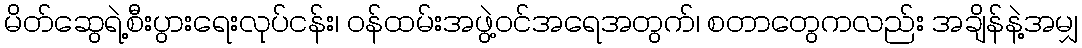
မိတ်ဆွေရဲ့စီးပွားရေးလုပ်ငန်း၊ ဝန်ထမ်းအဖွဲ့ဝင်အရေအတွက်၊ စတာတွေကလည်း အချိန်နဲ့အမျှ